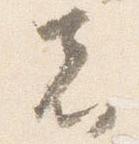
者